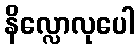
နိလ္လောလုပေါ